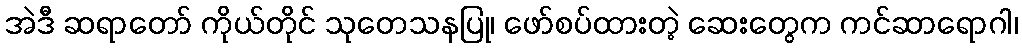
အဲဒီ ဆရာတော် ကိုယ်တိုင် သုတေသနပြု၊ ဖော်စပ်ထားတဲ့ ဆေးတွေက ကင်ဆာရောဂါ၊